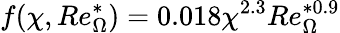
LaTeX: f(\chi,Re_{\Omega}^{*})=0.018\chi^{2.3}Re_{\Omega}^{*0.9}